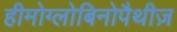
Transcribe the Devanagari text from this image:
हीमोग्लोबिनोपैथीज़